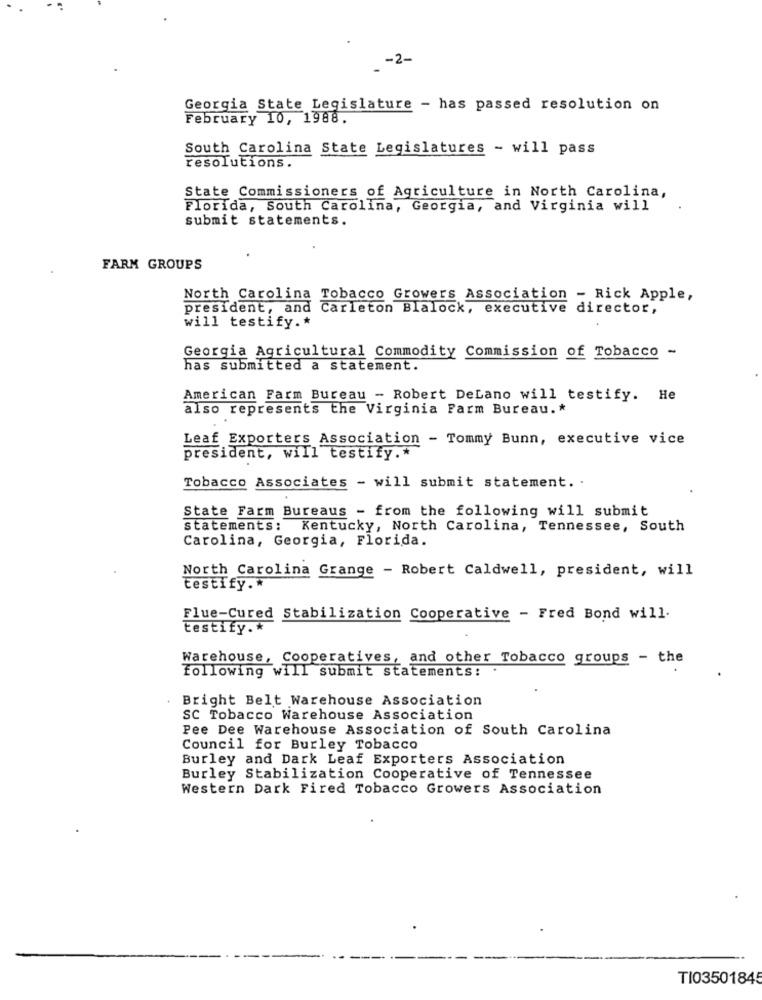
-2-
Georgia State Legislature - has passed resolution on
February 10, 1988.
South Carolina State Legislatures - will pass
resolutions.
State Commissioners of Agriculture in North Carolina,
Florida, South Carolina, Georgia, and Virginia will
submit statements.
FARM GROUPS
North Carolina Tobacco Growers Association - Rick Apple,
president, and Carleton Blalock, executive director,
will testify .*
Georgia Agricultural Commodity Commission of Tobacco -
has submitted a statement.
American Farm Bureau - Robert DeLano will testify. He
also represents the Virginia Farm Bureau. *
Leaf Exporters Association - Tommy Bunn, executive vice
president, will testify .*
Tobacco Associates - will submit statement. .
State Farm Bureaus - from the following will submit
statements: Kentucky, North Carolina, Tennessee, South
Carolina, Georgia, Florida.
North Carolina Grange - Robert Caldwell, president, will
testify .*
Flue-Cured Stabilization Cooperative - Fred Bond will.
testify .*
Warehouse, Cooperatives, and other Tobacco groups - the
following will submit statements:
. Bright Belt Warehouse Association
SC Tobacco Warehouse Association
Pee Dee Warehouse Association of South Carolina
Council for Burley Tobacco
Burley and Dark Leaf Exporters Association
Burley Stabilization Cooperative of Tennessee
Western Dark Fired Tobacco Growers Association
TI03501845